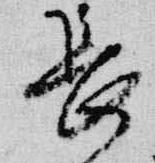
長